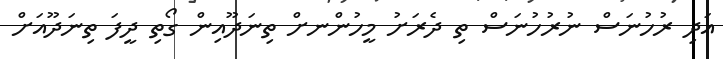
އަދި ރުހުނަސް ނުރުހުނަސް ތި ދެރަށު މީހުންނށް ތިނަދޫއިން ގޯތި ދީފަ ތިނަދޫއަށް